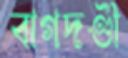
বাগদণ্ডী